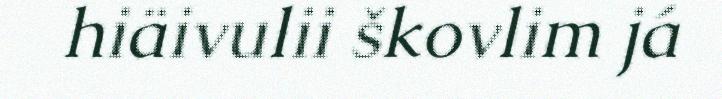
hiäivulii škovlim já